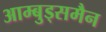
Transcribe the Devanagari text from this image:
आम्बुड्समैन